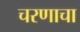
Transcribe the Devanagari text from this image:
चरणाचा